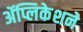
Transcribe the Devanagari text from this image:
ॲप्लिकेशने